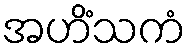
အဟိံသကံ